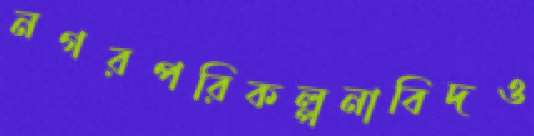
নগরপরিকল্পনাবিদও